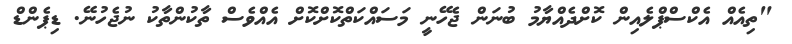
"ތިއެއް އެކްސްޕްލެއިން ކޮށްދެއްޔާމު ބުނަން ޖެހޭނީ މަސައްކަތްކޮށްކޮށް އެއްވެސް ތާކުންތާކު ނުޖެހުނޭ. ޑިޕެންޑް